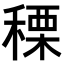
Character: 𥠲